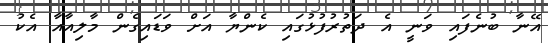
އޭނާ ބުނެފައި ވަނީ އެ ދަތުރުފުޅުގައި ކެންޔާ އަށް ވަޑައިގެން މާލިއާއާ އެކު